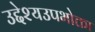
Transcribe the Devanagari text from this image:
उद्देश्यउपभोक्ता